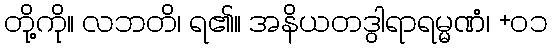
တို့ကို။ လဘတိ၊ ရ၏။ အနိယတဒွါရာရမ္မဏံ၊ +၀၁